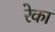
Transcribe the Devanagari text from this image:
रेका